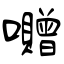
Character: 囎